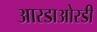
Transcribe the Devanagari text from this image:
आरडाओरडी